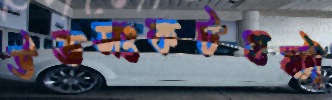
উভসংকটঘষ্‌টা